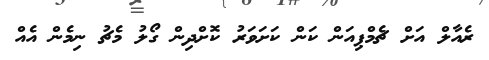
ރެއާލް އަށް ޗެމްޕިއަން ކަން ކަށަވަރު ކޮށްދިން ގޯލު މެޗު ނިމެން އެއް